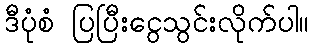
ဒီပုံစံ ပြပြီးငွေသွင်းလိုက်ပါ။